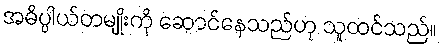
အဓိပ္ပါယ်တမျိုးကို ဆောင်နေသည်ဟု သူထင်သည်။